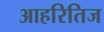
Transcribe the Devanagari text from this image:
आहरितिज